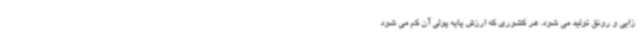
زایی و رونق تولید می شود. هر کشوری که ارزش پایه پولی آن کم می شود